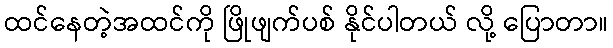
ထင်နေတဲ့အထင်ကို ဖြိုဖျက်ပစ် နိုင်ပါတယ် လို့ ပြောတာ။